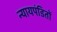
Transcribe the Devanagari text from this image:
न्यायपंडितों